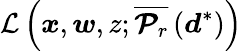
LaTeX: \mathcal{L}\left(\boldsymbol{x},\boldsymbol{w},z;\overline{{\boldsymbol{\mathcal{P}}_{r}}}\left(\boldsymbol{d}^{*}\right)\right)